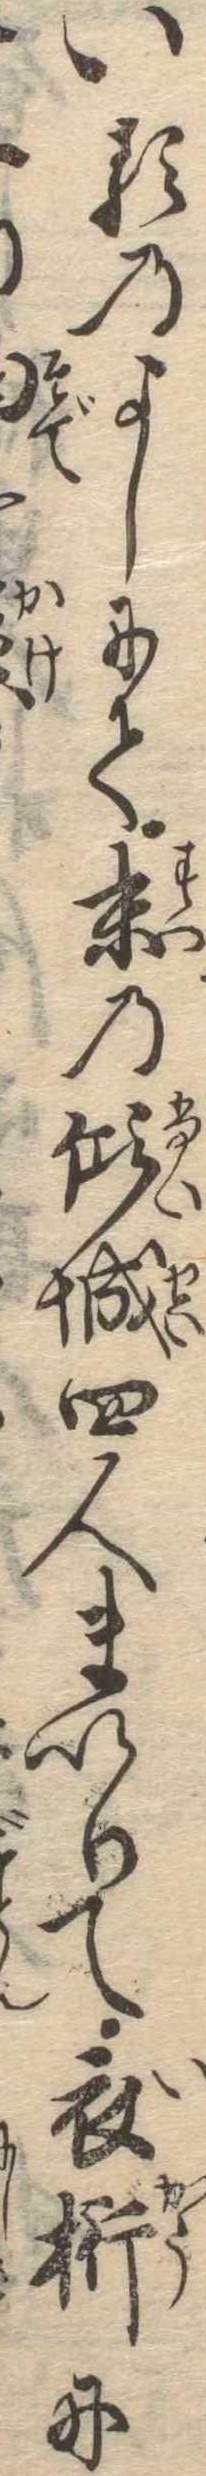
いるのよしにて末の傾城四人まいりて衣桁に